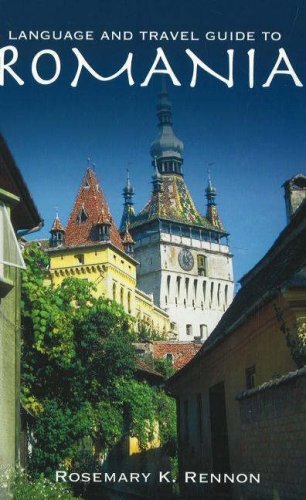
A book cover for Language and Travel Guide to Romania; Rosemary Rennon; Travel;